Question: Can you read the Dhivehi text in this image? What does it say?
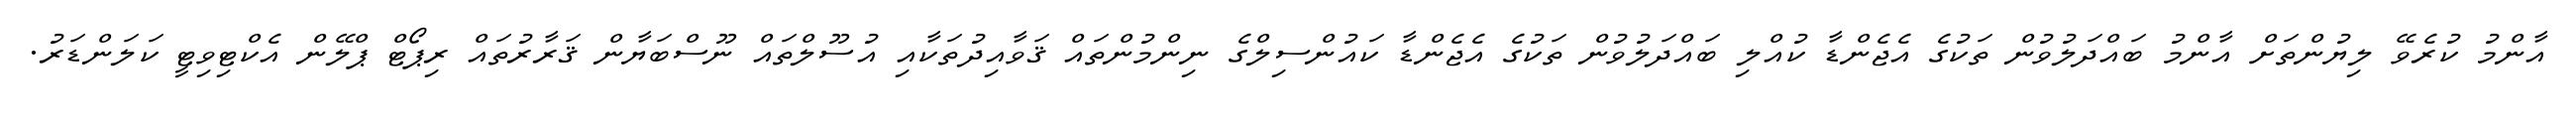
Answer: އާންމު ކުރެވޭ ލިޔުންތަށް އާންމު ބައްދަލުވުން ތަކުގެ އެޖެންޑާ ކުއްލި ބައްދަލުވުން ތަކުގެ އެޖެންޑާ ކައުންސިލްގެ ނިންމުންތައް ޤަވާއިދުތަކާއި އުސޫލްތައް ނޫސްބަޔާން ޤަރާރުތައް ރިޕޯޓް ޕްލޭން އެކްޓިވިޓީ ކަލަންޑަރު.